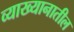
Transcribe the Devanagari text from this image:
व्याख्यानातील